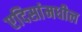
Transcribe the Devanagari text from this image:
एदिसांमधील